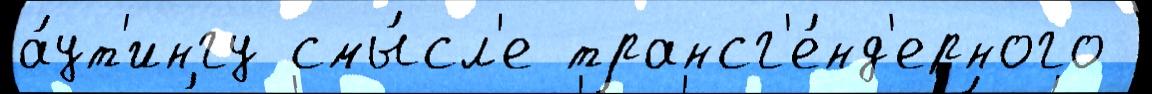
а́ут'ингу смы́сл'е трансг'е́нд'ерного